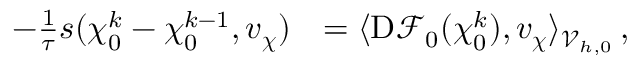
\begin{array} { r l } { - \frac { 1 } { \tau } s ( \boldsymbol { \chi } _ { 0 } ^ { k } - \boldsymbol { \chi } _ { 0 } ^ { k - 1 } , \boldsymbol { v } _ { \boldsymbol { \chi } } ) } & { = \langle \mathrm { D } \mathscr { F } _ { 0 } ( \boldsymbol { \chi } _ { 0 } ^ { k } ) , \boldsymbol { v } _ { \boldsymbol { \chi } } \rangle _ { \mathcal { V } _ { h , 0 } } \, , } \end{array}